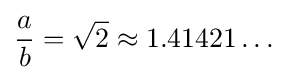
{\frac {a}{b}}={\sqrt {2}}\approx 1.41421\ldots